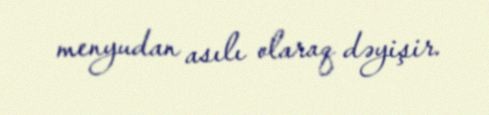
menyudan asılı olaraq dəyişir.